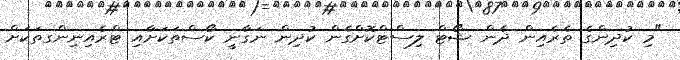
"މި ކުދިންގެ ތެރެއިން ދެން ޝޯޓް ލިސްޓްކޮށްގެން ކުދިން ނަގާނީ ކޯސްތަކަށާއި ޓްރެއިނިންގތަކަށް